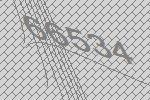
66534